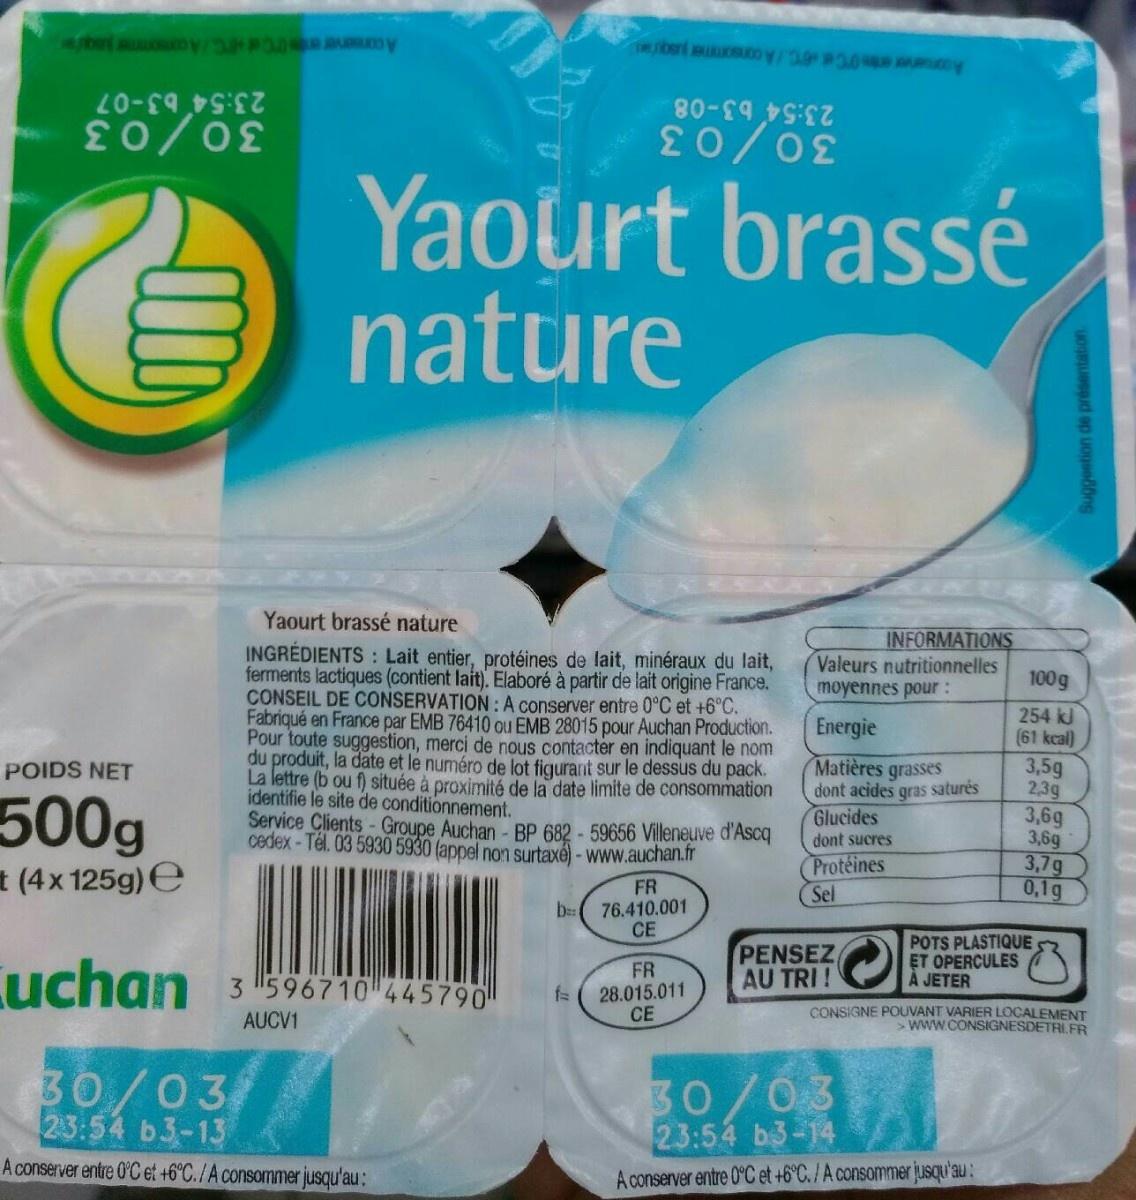
ebenso
20-59452
20/02
POIDS NET
500g
(4x 125g) e
Yaourt brassé nature
en suc/3.0 A
Yaourt brassé nature
INGREDIENTS: Lait entier, protéines de lait, minéraux du lait, ferments lactiques (contient lait). Elaboré à partir de lait origine France. CONSEIL DE CONSERVATION: A conserver entre 0°C et +6°C. Fabriqué en France par EMB 76410 ou EMB 28015 pour Auchan Production. Pour toute suggestion, merci de nous contacter en indiquant le nom du produit, la date et le numéro de lot figurant sur le dessus du pack. La lettre (b ou f) située à proximité de la date limite de consommation identifie le site de conditionnement.
uchan 3596710 445790
AUCV1
80-6949:2
20/02
Service Clients - Groupe Auchan - BP 682-59656 Villeneuve d'Ascq cedex-Tél. 03 5930 5930 (appel non surtaxé) - www.auchan.fr
30/03 23:54 b3-13
A conserver entre 0°C et +6°C./A consommer jusqu'au:
b==
FR 76.410.001 CE
FR
28.015.011 CE
INFORMATIONS Valeurs nutritionnelles moyennes pour :
Energie
Matières grasses
dont acides gras saturés
Glucides dont sucres Protéines Sel
PENSEZ AU TRI!
100g
254 kJ
(61 kcal)
3,5g
2,3g
30/03
23:54 b3-14
A conserver entre 0°C et +6°C. / A consommer jusqu'au:
3,6g
3,6g
3,7g
0,1g
POTS PLASTIQUE ET OPERCULES A JETER
Suggestion de présentation
CONSIGNE POUVANT VARIER LOCALEMENT >www.CONSIGNESDETRI.FR